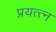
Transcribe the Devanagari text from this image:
प्रयत्त्‍न